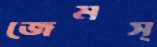
জেমস্